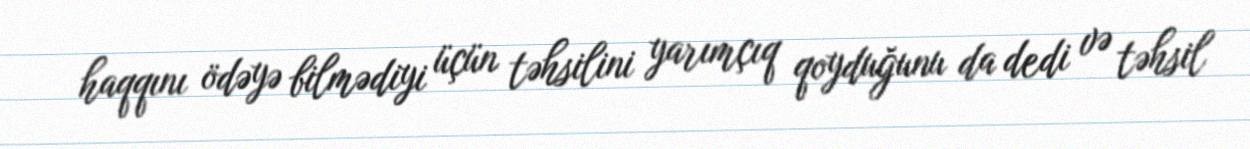
haqqını ödəyə bilmədiyi üçün təhsilini yarımçıq qoyduğunu da dedi və təhsil